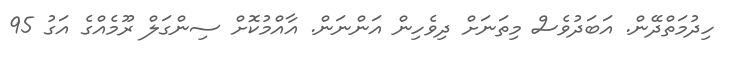
ހިދުމަތްދޭން. އަބަދުވެސް މިތަނަށް ދިވެހިން އަންނަން. އާއްމުކޮށް ސިންގަލް ރޫމެއްގެ އަގު 95